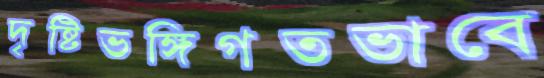
দৃষ্টিভঙ্গিগতভাবে